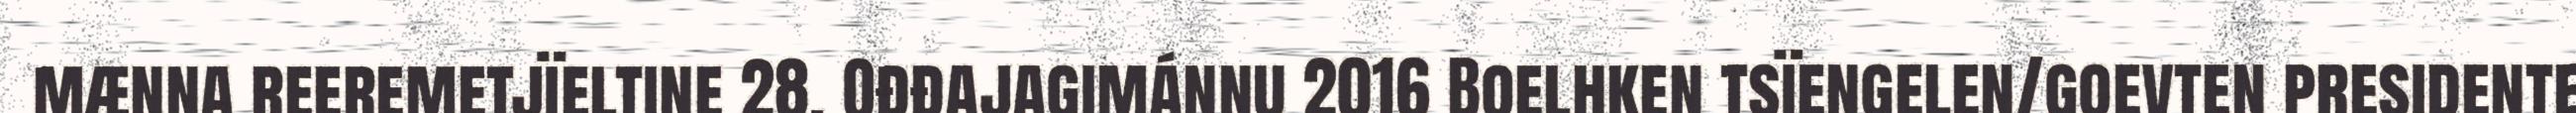
mænna reeremetjïeltine 28. Ođđajagimánnu 2016 Boelhken tsïengelen/goevten presidente